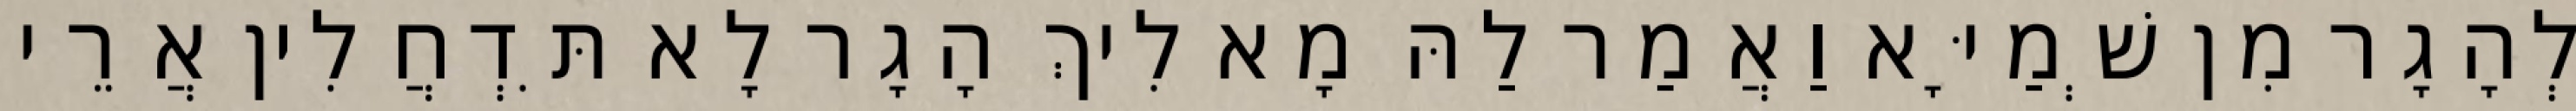
לְהָגָר מִן שְׁמַיָּא וַאֲמַר לַהּ מָא לִיךְ הָגָר לָא תִּדְחֲלִין אֲרֵי